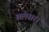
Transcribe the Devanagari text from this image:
बलेसरा